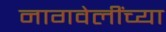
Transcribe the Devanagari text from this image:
नागवेलींच्या